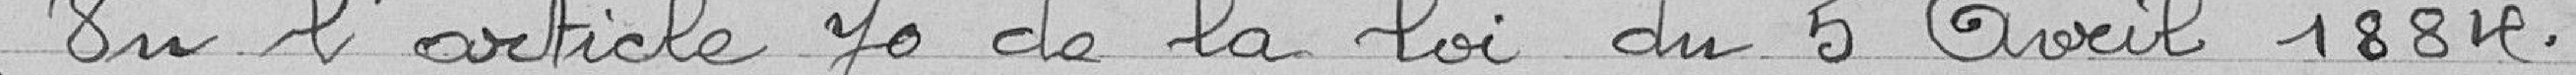
Vu l'article 70 de la loi du 5 avril 1884